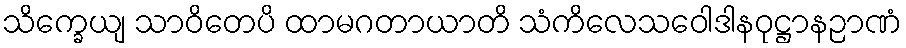
သိက္ခေယျ သာဝိတေပိ ထာမဂတာယာတိ သံကိလေသဝေါဒါနဝုဋ္ဌာနဉာဏံ